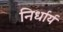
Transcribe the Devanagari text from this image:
निर्धार्य